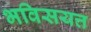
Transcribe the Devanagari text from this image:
भविसयत्त